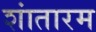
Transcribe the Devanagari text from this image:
शांतारम